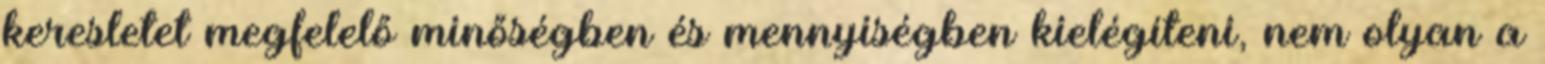
keresletet megfelelő minőségben és mennyiségben kielégíteni, nem olyan a